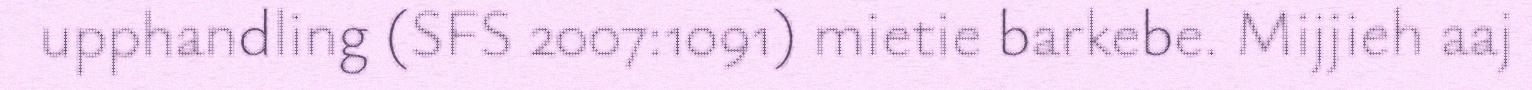
upphandling (SFS 2007:1091) mietie barkebe. Mijjieh aaj